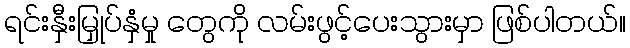
ရင်းနှီးမြှုပ်နှံမှု တွေကို လမ်းဖွင့်ပေးသွားမှာ ဖြစ်ပါတယ်။